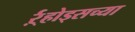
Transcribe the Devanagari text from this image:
र्ऱ्होड्सच्या